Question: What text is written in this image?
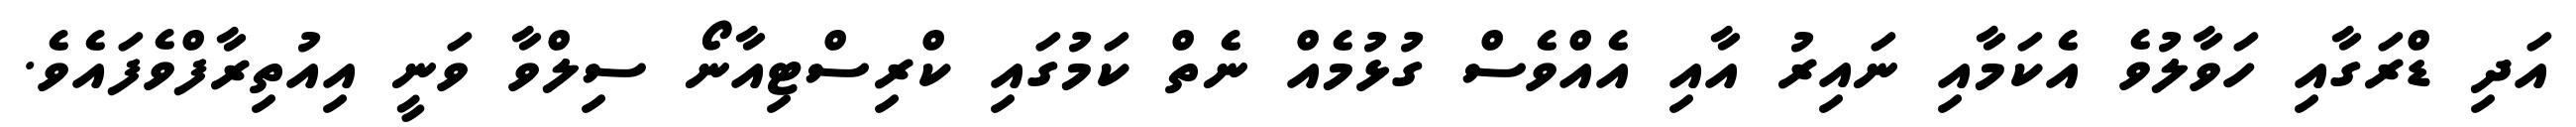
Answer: އަދި ޑްރަގާއި ހަވާލުވެ އެކަމާއި ނައިރު އާއި އެއްވެސް ގުޅުމެއް ނެތް ކަމުގައި ކްރިސްޓިއާނޯ ސިލްވާ ވަނީ އިއުތިރާފްވެފައެވެ.